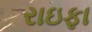
રાઇફા